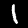
Digit: 1